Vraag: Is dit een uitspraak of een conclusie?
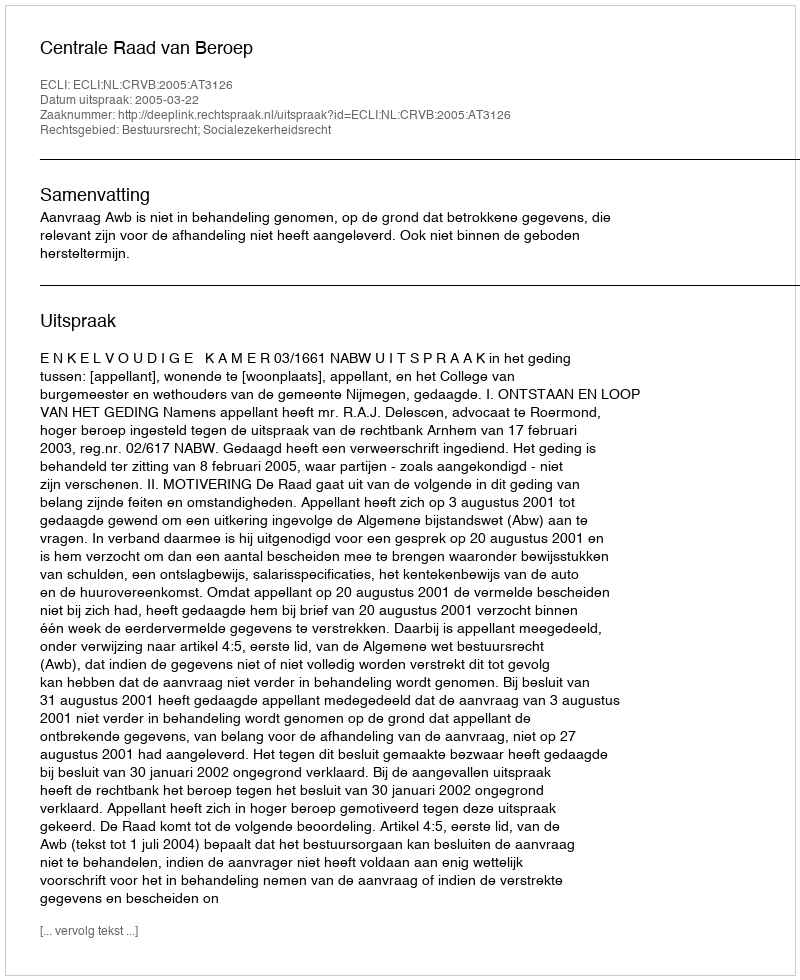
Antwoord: Uitspraak